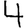
Digit: 4